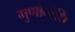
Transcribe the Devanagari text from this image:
गुणांबोधि